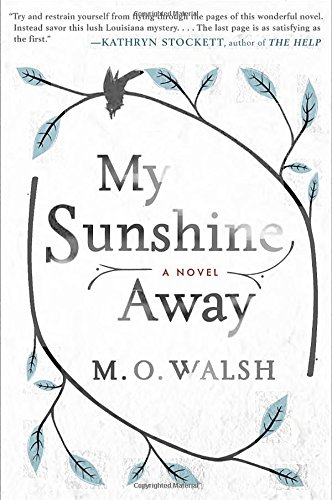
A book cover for My Sunshine Away; M.O. Walsh; Literature & Fiction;